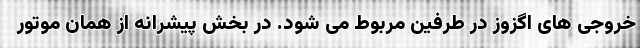
خروجی های اگزوز در طرفین مربوط می شود. در بخش پیشرانه از همان موتور